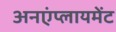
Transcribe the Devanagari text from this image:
अनएंप्लायमेंट